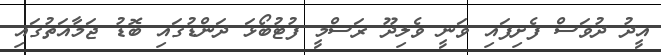
އީދު ދުވަސް ފެށިފައި ވަނީ ވެލިދޫ ރަސްމީ ފުޓުބޯޅަ ދަންޑުގައި ބޮޑު ޖަމާއަތުގައި